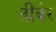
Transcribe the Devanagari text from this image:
तीबेर